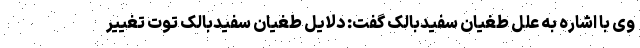
وی با اشاره به علل طغیان سفیدبالک گفت: دلایل طغیان سفیدبالک توت تغییر